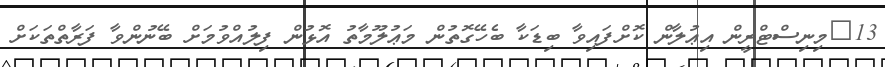
13	މިނިސްޓްރީން އިޢުލާން ކޮށްފައިވާ ބިޑަކާ ބެހޭގޮތުން މަޢުލޫމާތު އޮޅުން ފިލުއްވުމަށް ބޭނުންވާ ފަރާތްތަކަށް